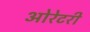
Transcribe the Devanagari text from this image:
ओरेटरी